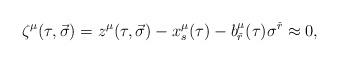
LaTeX: \begin{align*}\zeta^{\mu}(\tau ,\vec \sigma )=z^{\mu}(\tau ,\vec \sigma )-x_s^{\mu}(\tau )-b^{\mu}_{\check r}(\tau )\sigma^{\check r}\approx 0,\end{align*}